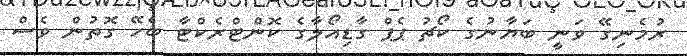
ރުމެނިގޭ ވަނީ ބަޔާނުގެ ކޯޗު ޕެޕް ގާޑިއޯލާގެ ކޮންޓްރެކްޓާ ބެހޭ ގޮތުން ވެސް